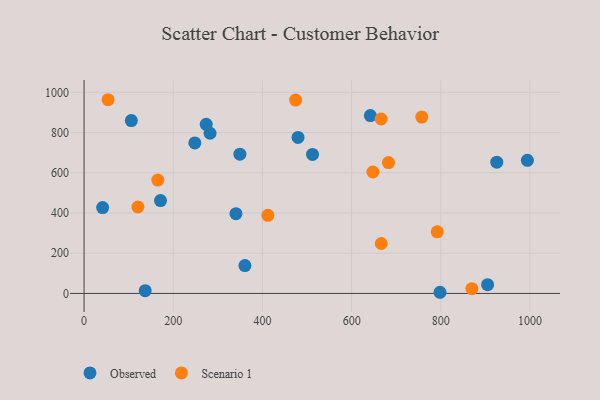
{"axis": {"x": "Distance", "y": "Sales"}, "legend": ["Observed", "Scenario 1"], "data": [{"x": "904.9", "y": 43.4, "type": "Observed"}, {"x": "512.3", "y": 691.1, "type": "Observed"}, {"x": "360.7", "y": 138.7, "type": "Observed"}, {"x": "282.5", "y": 796.4, "type": "Observed"}, {"x": "137.1", "y": 13.9, "type": "Observed"}, {"x": "349.4", "y": 692.3, "type": "Observed"}, {"x": "479.8", "y": 775.5, "type": "Observed"}, {"x": "340.6", "y": 396.5, "type": "Observed"}, {"x": "925.5", "y": 652.7, "type": "Observed"}, {"x": "273.9", "y": 840.9, "type": "Observed"}, {"x": "41.6", "y": 426.8, "type": "Observed"}, {"x": "106.0", "y": 859.3, "type": "Observed"}, {"x": "642.0", "y": 884.4, "type": "Observed"}, {"x": "248.4", "y": 748.5, "type": "Observed"}, {"x": "798.2", "y": 5.8, "type": "Observed"}, {"x": "994.1", "y": 662.1, "type": "Observed"}, {"x": "171.4", "y": 461.7, "type": "Observed"}, {"x": "792.0", "y": 306.4, "type": "Scenario 1"}, {"x": "165.2", "y": 563.9, "type": "Scenario 1"}, {"x": "474.4", "y": 961.3, "type": "Scenario 1"}, {"x": "412.1", "y": 388.3, "type": "Scenario 1"}, {"x": "757.3", "y": 876.7, "type": "Scenario 1"}, {"x": "53.8", "y": 963.2, "type": "Scenario 1"}, {"x": "666.2", "y": 867.3, "type": "Scenario 1"}, {"x": "647.7", "y": 603.9, "type": "Scenario 1"}, {"x": "666.4", "y": 248.3, "type": "Scenario 1"}, {"x": "869.6", "y": 23.7, "type": "Scenario 1"}, {"x": "682.6", "y": 650.9, "type": "Scenario 1"}, {"x": "120.7", "y": 429.8, "type": "Scenario 1"}]}